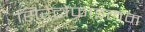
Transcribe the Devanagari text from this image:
सिरेटोफाइलम